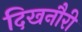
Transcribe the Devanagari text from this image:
दिखनौरी